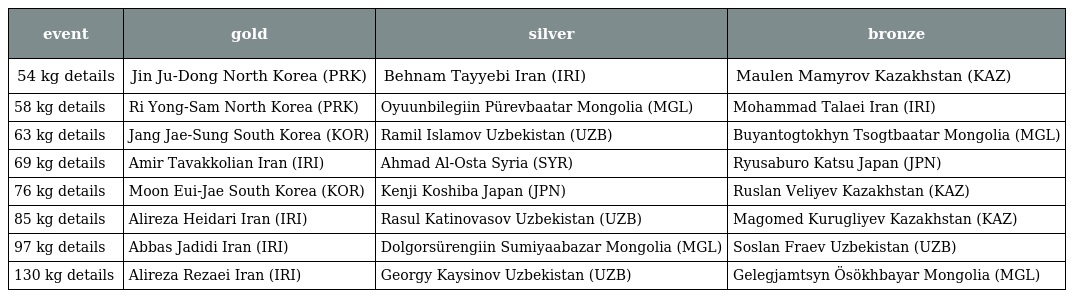
| event | gold | silver | bronze |
 | --- | --- | --- | --- |
 | 54 kg details | Jin Ju-Dong North Korea (PRK) | Behnam Tayyebi Iran (IRI) | Maulen Mamyrov Kazakhstan (KAZ) |
 | 58 kg details | Ri Yong-Sam North Korea (PRK) | Oyuunbilegiin Pürevbaatar Mongolia (MGL) | Mohammad Talaei Iran (IRI) |
 | 63 kg details | Jang Jae-Sung South Korea (KOR) | Ramil Islamov Uzbekistan (UZB) | Buyantogtokhyn Tsogtbaatar Mongolia (MGL) |
 | 69 kg details | Amir Tavakkolian Iran (IRI) | Ahmad Al-Osta Syria (SYR) | Ryusaburo Katsu Japan (JPN) |
 | 76 kg details | Moon Eui-Jae South Korea (KOR) | Kenji Koshiba Japan (JPN) | Ruslan Veliyev Kazakhstan (KAZ) |
 | 85 kg details | Alireza Heidari Iran (IRI) | Rasul Katinovasov Uzbekistan (UZB) | Magomed Kurugliyev Kazakhstan (KAZ) |
 | 97 kg details | Abbas Jadidi Iran (IRI) | Dolgorsürengiin Sumiyaabazar Mongolia (MGL) | Soslan Fraev Uzbekistan (UZB) |
 | 130 kg details | Alireza Rezaei Iran (IRI) | Georgy Kaysinov Uzbekistan (UZB) | Gelegjamtsyn Ösökhbayar Mongolia (MGL) |